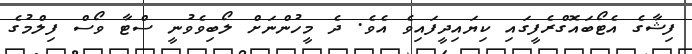
ފިޝާގެ އެޓޯބައޮގްރެފީގައި ކިޔައިދީފައިވެ އެވެ. ދެ މީހުންނަށް ލޯބިވެވުނީ ސްޓާ ވޯސް ފިލްމުގެ